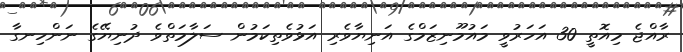
ރާއްޖެ މިއޮތީ 30 އަހަރުވީ މައުމޫނިޒަމްގެ އަނިޔާވެރި އަޅުވެތިކަމުން ސަލާމަތްވެ ދުނިޔޭގެ ނަންހިނގާ